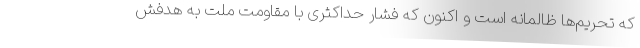
که تحریم‌ها ظالمانه است و اکنون که فشار حداکثری با مقاومت ملت به هدفش